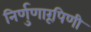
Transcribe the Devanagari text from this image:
निर्णुणारूपिणी